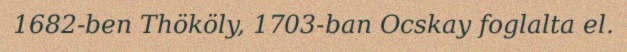
1682-ben Thököly, 1703-ban Ocskay foglalta el.